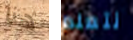
هنا نتعلم